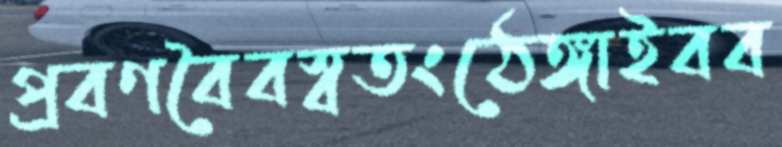
প্রবণবৈবস্বতংঠেঙ্গাইবব